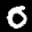
Label: 0